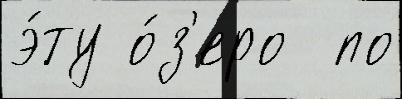
э́ту о́з'еро  по